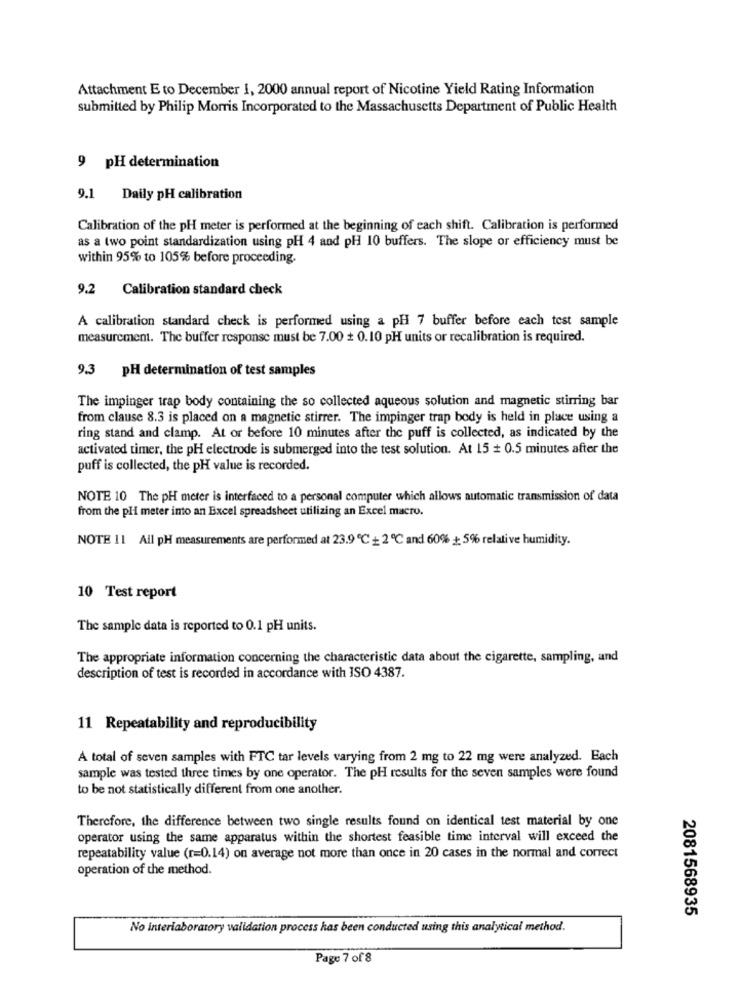
Attachment E to December 1, 2000 annual report of Nicotine Yield Rating Information
submitted by Philip Morris Incorporated to the Massachusetts Department of Public Health
9 pH determination
9.1 Daily pH calibration
Calibration of the pH meter is performed at the beginning of each shift. Calibration is performed
as a two point standardization using pH 4 and pH 10 buffers. The slope or efficiency must be
within 95% to 105% before proceeding.
9.2 Calibration standard check
A calibration standard check is performed using a pH 7 buffer before each test sample
measurement. The buffer response must be 7.00 + 0.10 pH units or recalibration is required.
9.3
PH determination of test samples
The impinger trap body containing the so collected aqueous solution and magnetic stirring bar
from clause 8.3 is placed on a magnetic stirrer. The impinger trap body is held in place using a
ring stand and clamp. At or before 10 minutes after the puff is collected, as indicated by the
activated timer, the pH electrode is submerged into the test solution. At 15 + 0.5 minutes after the
puff is collected, the pH value is recorded.
NOTE 10 The pH meter is interfaced to a personal computer which allows automatic transmission of data
from the pH meter into an Excel spreadsheet utilizing an Excel macro.
NOTE 11 All pH measurements are performed at 23.9 ℃ + 2 ℃ and 60% + 5% relative humidity.
10 Test report
The sample data is reported to 0.1 pH units.
The appropriate information concerning the characteristic data about the cigarette, sampling, and
description of test is recorded in accordance with ISO 4387.
11 Repeatability and reproducibility
A total of seven samples with FTC tar levels varying from 2 mg to 22 mg were analyzed. Each
sample was tested three times by one operator. The pH results for the seven samples were found
to be not statistically different from one another.
Therefore, the difference between two single results found on identical test material by one
operator using the same apparatus within the shortest feasible time interval will exceed the
repeatability value (r=0.14) on average not more than once in 20 cases in the normal and correct
operation of the method.
2081568935
No interiaboratory validation process has been conducted using this analytical method.
Page 7 of 8